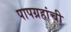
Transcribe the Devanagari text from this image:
पापग्रहांची